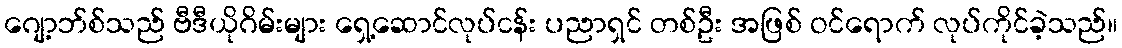
ဂျော့ဘ်စ်သည် ဗီဒီယိုဂိမ်းများ ရှေ့ဆောင်လုပ်ငန်း ပညာရှင် တစ်ဦး အဖြစ် ဝင်ရောက် လုပ်ကိုင်ခဲ့သည်။